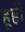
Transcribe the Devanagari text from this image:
हूही